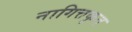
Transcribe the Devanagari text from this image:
नागित्तकृत